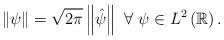
LaTeX: \begin{align*}\left\Vert \psi\right\Vert =\sqrt{2\pi}\left\Vert \hat{\psi}\right\Vert~\forall~\psi\in L^{2}\left( \mathbb{R}\right) . \end{align*}